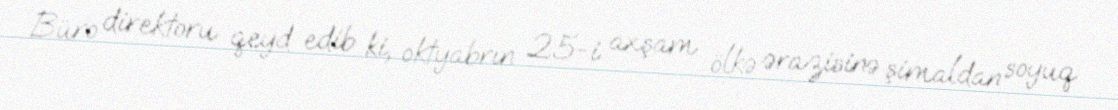
Büro direktoru qeyd edib ki, oktyabrın 25-i axşam ölkə ərazisinə şimaldan soyuq